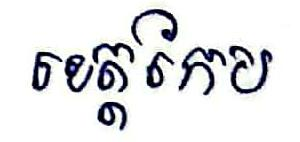
ខេត្តកែប